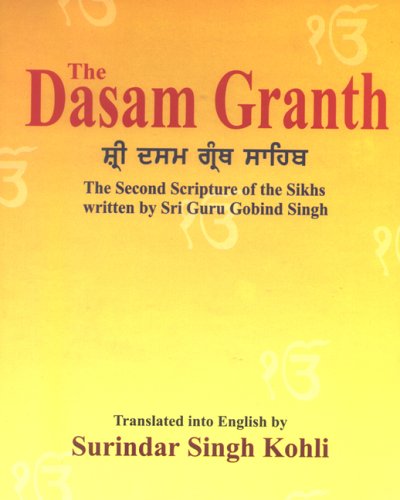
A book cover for The Dasam Granth; Guru Gobind Singh; Religion & Spirituality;